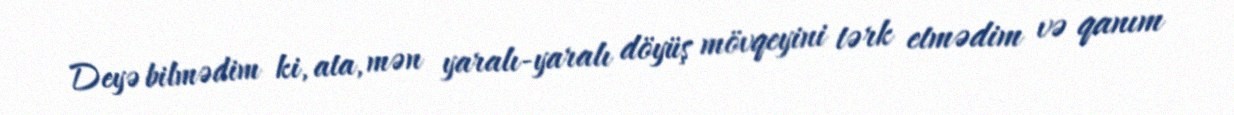
Deyə bilmədim ki, ata, mən yaralı-yaralı döyüş mövqeyini tərk etmədim və qanım